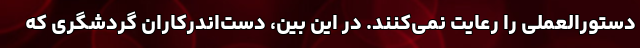
دستورالعملی را رعایت نمی‌کنند. در این بین، دست‌اندرکاران گردشگری که